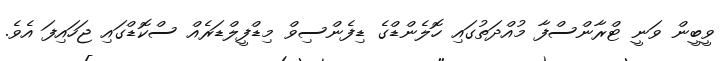
ވީބީން ވަނީ ޓްރާންސްފާ މުއްދަތުގައި ހޮލެންޑްގެ ޑިފެންސިވް މިޑްފީލްޑަރެއް ސްކޮޑްގައި ޖަހައިފަ އެވެ.